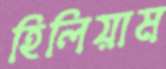
হিলিয়াম